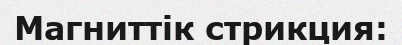
Магниттік стрикция: